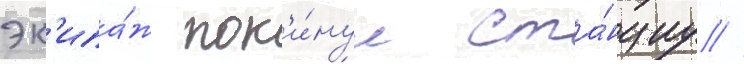
эк'ипа́ж пок'и́нул ста́нциу //